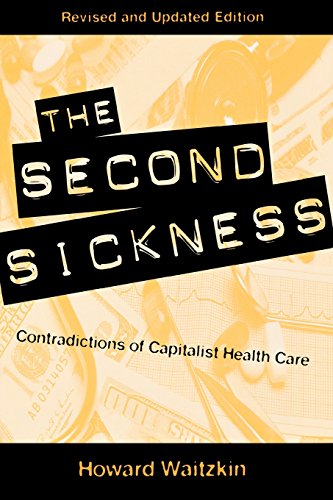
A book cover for The Second Sickness: Contradictions of Capitalist Health Care; Howard Waitzkin; Medical Books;